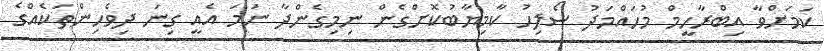
ކަމަށްވާ އިބްރާހީމް މުހައްމަދު ސޯލިހު ކާމިޔާބުކޮށްގެން ނިމިގެންދާ ނަމަ އެއީ ގިނަ ދިވެހިންތަކެއްގެ